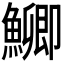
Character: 𮬐